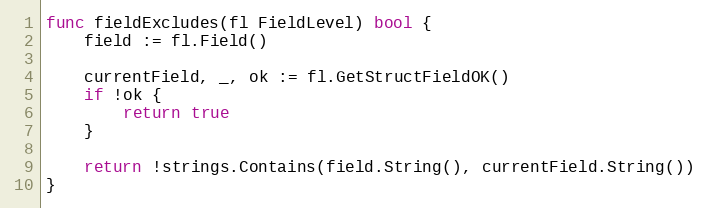
Language: Go
func fieldExcludes(fl FieldLevel) bool {
	field := fl.Field()

	currentField, _, ok := fl.GetStructFieldOK()
	if !ok {
		return true
	}

	return !strings.Contains(field.String(), currentField.String())
}